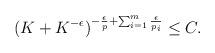
LaTeX: \begin{align*}(K+K^{-\epsilon})^{-\frac{\epsilon}{p}+\sum_{i=1}^m \frac{\epsilon}{p_i}}\le C.\end{align*}